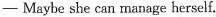
- Maybe she can manage herself.